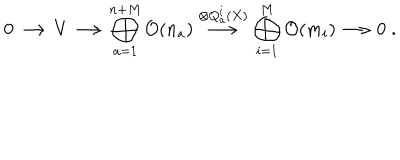
0 \longrightarrow V \longrightarrow \bigoplus _ { a = 1 } ^ { n + M } { \cal O } ( n _ { a } ) \stackrel { \otimes Q _ { a } ^ { i } ( X ) } { \longrightarrow } \bigoplus _ { i = 1 } ^ { M } { \cal O } ( m _ { i } ) \longrightarrow 0 \; .